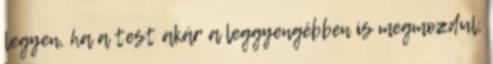
legyen, ha a test akár a leggyengébben is megmozdul,